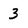
Character: 3